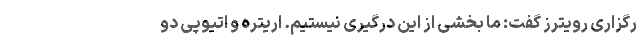
رگزاری رویترز گفت: ما بخشی از این درگیری نیستیم. اریتره و اتیوپی دو